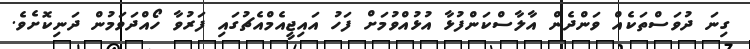
ގިނަ ދުވަސްތަކެއް ވަންދެން އާލާސްކަންފުޅާ އުޅުއްވުމަށް ފަހު އައިޖީއެމްއެޗުގައި ފަރުވާ ހޯއްދަވަމުން ދަނިކޮށެވެ.